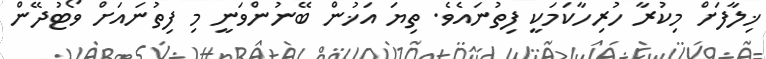
ޚިލާފަށް މިކުރާ ހުރިހާކަމަކީ ފިތުނައެވެ. ތިޔަ އަޚުން ބޭނުންވަނީ މި ފިތުނައަށް ވޯޓުދޭން